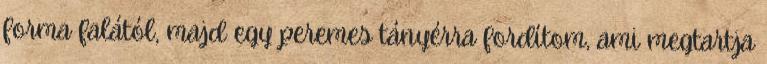
forma falától, majd egy peremes tányérra fordítom, ami megtartja